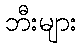
ဘီးများ